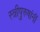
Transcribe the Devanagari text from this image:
स्त्रीपुरुषांनीं